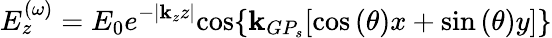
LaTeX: E_{z}^{(\omega)}=E_{0}e^{-{\left|{\mathbf{k}_{z}z}\right|}}{\cos\{ \mathbf{k}_{GP_{s}}[\cos{(\theta)x}+\sin{(\theta)}y]\} }